Vaccination in the Punjab 1867-1880 - 1867-1880
Year: 1867
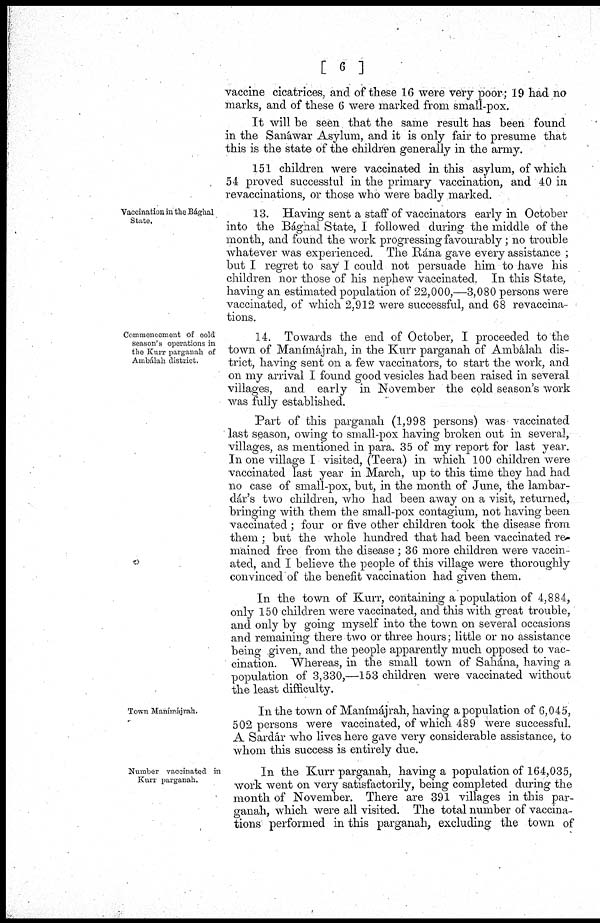
[ 6 ]
vaccine cicatrices, and of these 16 were very poor; 19 had no
marks, and of these 6 were marked from small-pox.
It will be seen that the same result has been found
in the Sanáwar Asylum, and it is only fair to presume that
this is the state of the children generally in the army.
151 children were vaccinated in this asylum, of which
54 proved successful in the primary vaccination, and 40 in
revaccinations, or those who were badly marked.
Vaccination in the Bághal
State,
13. Having sent a staff of vaccinators early in October
into the Bághal State, I followed during the middle of the
month, and found the work progressing favourably; no trouble
whatever was experienced. The Rána gave every assistance ;
but I regret to say I could not persuade him to have his
children nor those of his nephew vaccinated. In this State,
having an estimated population of 22,000,—3,080 persons were
vaccinated, of which 2,912 were successful, and 68 revaccina-
tions.
Commencement of cold
season's operations in
the Kurr parganah of
Ambálah district.
14. Towards the end of October, I proceeded to the
town of Manímájrah, in the Kurr parganah of Ambálah dis-
trict, having sent on a few vaccinators, to start the work, and
on my arrival I found good vesicles had been raised in several
villages, and early in November the cold season's work
was fully established.
Part of this parganah (1,998 persons) was vaccinated
last season, owing to small-pox having broken out in several,
villages, as mentioned in para. 35 of my report for last year.
In one village I visited, (Teera) in which 100 children were
vaccinated last year in March, up to this time they had had
no case of small-pox, but, in the month of June, the lambar-
dár's two children, who had been away on a visit, returned,
bringing with them the small-pox contagium, not having been
vaccinated ; four or five other children took the disease from
them ; but the whole hundred that had been vaccinated re-
mained free from the disease ; 36 more children were vaccin-
ated, and I believe the people of this village were thoroughly
convinced of the benefit vaccination had given them.
In the town of Kurr, containing a population of 4,884,
only 150 children were vaccinated, and this with great trouble,
and only by going myself into the town on several occasions
and remaining there two or three hours; little or no assistance
being given, and the people apparently much opposed to vac-
cination. Whereas, in the small town of Sahána, having a
population of 3,330,—153 children were vaccinated without
the least difficulty.
Town Manímjrah.
In the town of Manímájrah, having a population of 6,045,
502 persons were vaccinated, of which 489 were successful.
A Sardár who lives here gave very considerable assistance, to
whom this success is entirely due.
Number vaccinated in
Kurr parganah.
In the Kurr parganah, having a population of 164,035,
work went on very satisfactorily, being completed during the
month of November. There are 391 villages in this par-
ganah, which were all visited. The total number of vaccina-
tions performed in this parganah, excluding the town of